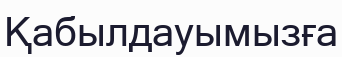
Қабылдауымызға